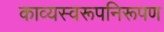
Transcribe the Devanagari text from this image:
काव्यस्वरूपनिरूपण